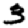
Digit: 3